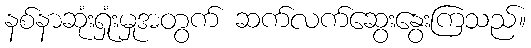
နစ်နာဆုံးရှုံးမှုအတွက် ဆက်လက်ဆွေးနွေးကြသည်။